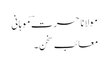
مولانا حسرت ؔموہانی
معائبِ سخن ۔